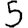
Digit: 5